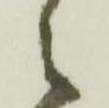
之